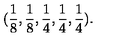
( \frac { 1 } { 8 } , \frac { 1 } { 8 } , \frac { 1 } { 4 } , \frac { 1 } { 4 } , \frac { 1 } { 4 } ) .